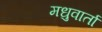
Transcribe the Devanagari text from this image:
मधुवार्ता